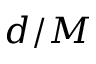
d / M